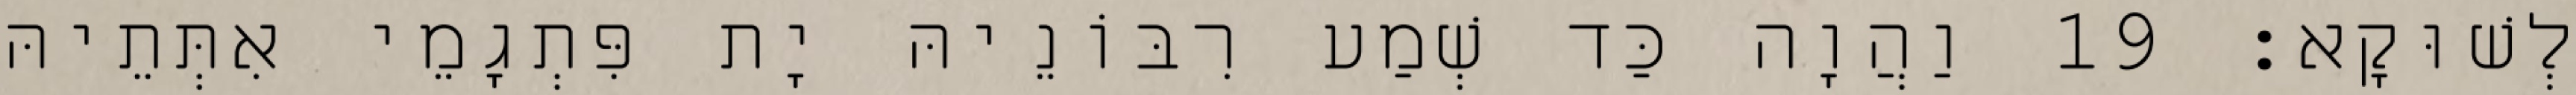
לְשׁוּקָא׃ 19 וַהֲוָה כַּד שְׁמַע רִבּוֹנֵיהּ יָת פִּתְגָמֵי אִתְּתֵיהּ